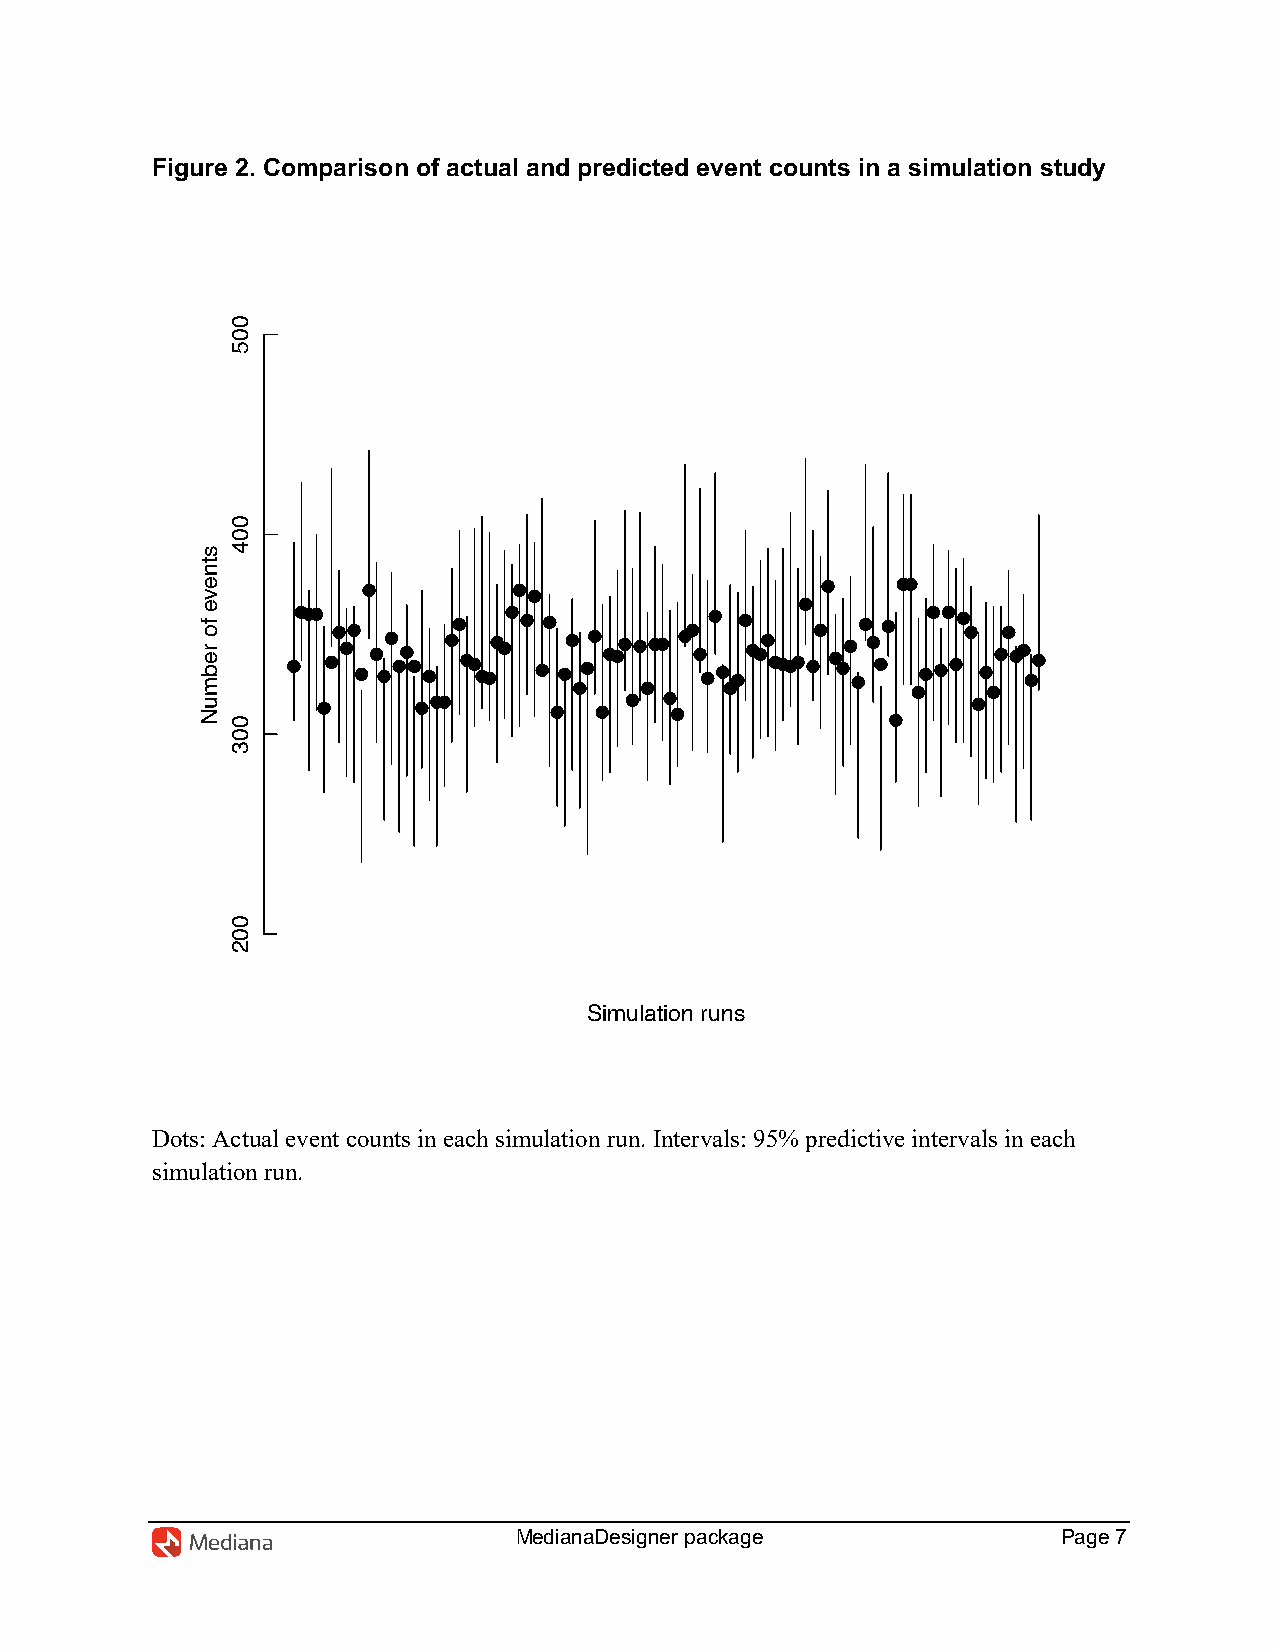
Figure 2. Comparison of actual and predicted event counts in a simulation study
 Simulation runs
 Dots: Actual event counts in each simulation run. Intervals: 95% predictive intervals in each
 simulation run.
 MedianaDesigner package             Page 7
 stneve
 fo
 rebmuN
 005
 004
 003
 002